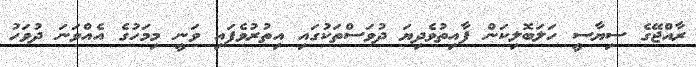
ރާއްޖޭގެ ސިޔާސީ ހަލަބޮލިކަން ފާއިތުވެދިޔަ ދުވަސްތަކުގައި އިތުރުވެފައި ވަނީ މިމަހުގެ އެއްވަނަ ދުވަހު